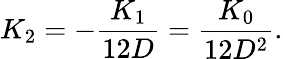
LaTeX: K_{2}=-\frac{K_{1}}{12D}=\frac{K_{0}}{12D^{2}}.